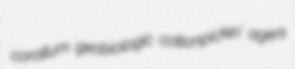
corallum geobiologic cottonpickin' agers